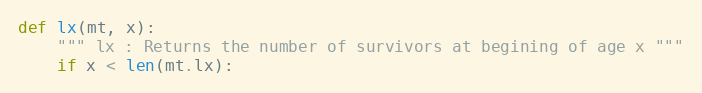
Language: Python
def lx(mt, x):
    """ lx : Returns the number of survivors at begining of age x """
    if x < len(mt.lx):